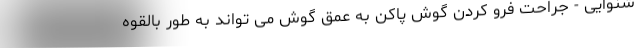
شنوایی - جراحت فرو کردن گوش پاکن به عمق گوش می تواند به طور بالقوه